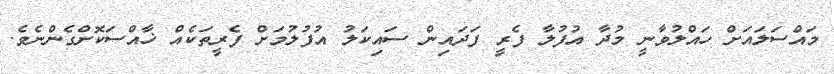
މައްސަލައަށް ހައްލުވާނީ މުދާ އުފުލާ ފެރީ ފަދައިން ސައިކަލު އުފުލުމަށް ފެރީތަކެއް ޚާއްސަކޮށްގެންނެވެ.